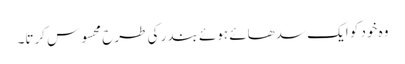
وہ خود کو ایک سدھائے ہوئے بندر کی طرح محسوس کرتا۔